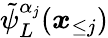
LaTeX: \tilde{\psi}_{L}^{\alpha_{j}}(\boldsymbol x_{\le j})